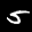
Label: 5